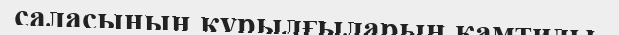
саласының құрылғыларын қамтиды.